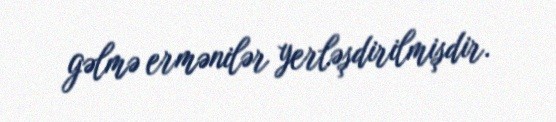
gəlmə ermənilər yerləşdirilmişdir.